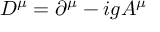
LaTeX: D ^ { \mu } = \partial ^ { \mu } - i g A ^ { \mu }